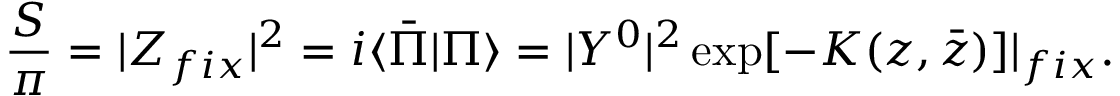
{ \frac { S } { \pi } } = | Z _ { f i x } | ^ { 2 } = i \langle \bar { \Pi } | \Pi \rangle = | Y ^ { 0 } | ^ { 2 } \exp [ - K ( z , \bar { z } ) ] | _ { f i x } .